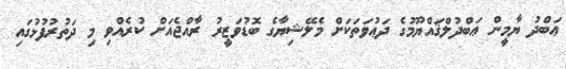
ޢަބްދު ޔާމީން ޢަބްދުލްޤައްޔޫމުގެ ދަޢުވަތަކަށް މެލޭޝިޔާގެ ބޮޑުވަޒީރު ރާއްޖެއަށް ކުރެއްވި މި ދަތުރުފުޅުގައި